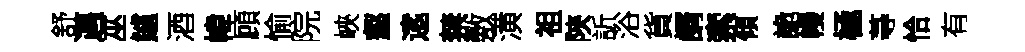
舒邁巫鱸酒幃頋愉院峽壑逺禁敷潢祖陝訢浴貨諝索傾詭幔極䒭恰有